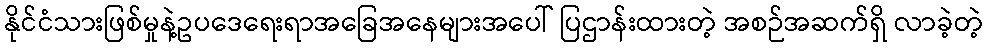
နိုင်ငံသားဖြစ်မှုနဲ့ဥပဒေရေးရာအခြေအနေများအပေါ် ပြဌာန်းထားတဲ့ အစဉ်အဆက်ရှိ လာခဲ့တဲ့